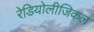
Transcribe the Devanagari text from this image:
रेडियोलीजिकल